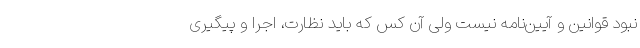
نبود قوانین و آیین‌نامه نیست ولی آن کس که باید نظارت، اجرا و پیگیری